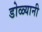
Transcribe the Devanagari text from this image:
डोळ्यानी